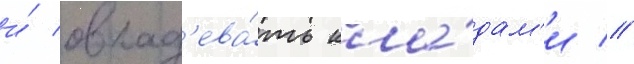
и́ овлад'ева́ть кла́дам'и //